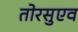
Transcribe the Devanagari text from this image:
तोरसुएव